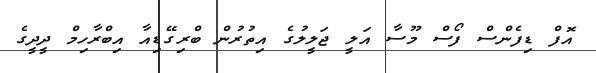
އޮފް ޑިފެންސް ފޯސް މޫސާ އަލީ ޖަލީލުގެ އިތުރުން ބްރިގޭޑިއާ އިބްރާހިމް ދީދީގެ